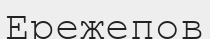
Ережепов